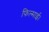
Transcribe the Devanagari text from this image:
फिल्माई।